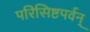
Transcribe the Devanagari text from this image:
परिसिष्टपर्वन्‌